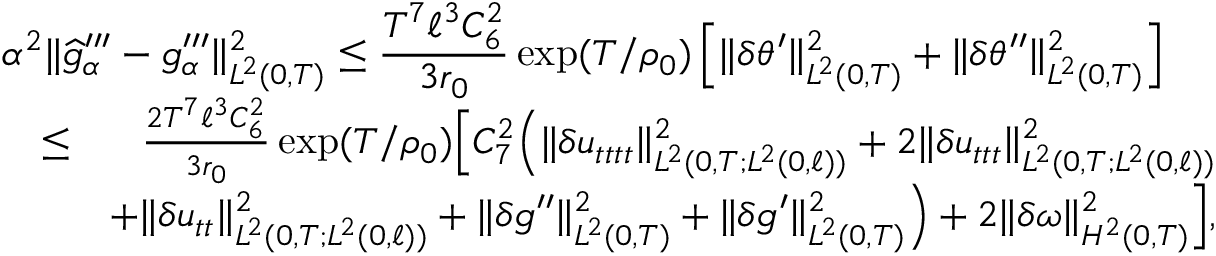
\begin{array} { r l r } { \lefteqn { \alpha ^ { 2 } \Vert \widehat { g } _ { \alpha } ^ { \prime \prime \prime } - g _ { \alpha } ^ { \prime \prime \prime } \Vert _ { L ^ { 2 } ( 0 , T ) } ^ { 2 } \leq \frac { T ^ { 7 } \ell ^ { 3 } C _ { 6 } ^ { 2 } } { 3 r _ { 0 } } \exp ( T / \rho _ { 0 } ) \left[ \Vert \delta \theta ^ { \prime } \Vert _ { L ^ { 2 } ( 0 , T ) } ^ { 2 } + \Vert \delta \theta ^ { \prime \prime } \Vert _ { L ^ { 2 } ( 0 , T ) } ^ { 2 } \right] } } \\ & { \leq } & { \frac { 2 T ^ { 7 } \ell ^ { 3 } C _ { 6 } ^ { 2 } } { 3 r _ { 0 } } \exp ( T / \rho _ { 0 } ) \Big [ C _ { 7 } ^ { 2 } \Big ( \Vert \delta u _ { t t t t } \Vert _ { L ^ { 2 } ( 0 , T ; L ^ { 2 } ( 0 , \ell ) ) } ^ { 2 } + 2 \Vert \delta u _ { t t t } \Vert _ { L ^ { 2 } ( 0 , T ; L ^ { 2 } ( 0 , \ell ) ) } ^ { 2 } } \\ & { } & { + \Vert \delta u _ { t t } \Vert _ { L ^ { 2 } ( 0 , T ; L ^ { 2 } ( 0 , \ell ) ) } ^ { 2 } + \Vert \delta g ^ { \prime \prime } \Vert _ { L ^ { 2 } ( 0 , T ) } ^ { 2 } + \Vert \delta g ^ { \prime } \Vert _ { L ^ { 2 } ( 0 , T ) } ^ { 2 } \Big ) + 2 \Vert \delta \omega \Vert _ { H ^ { 2 } ( 0 , T ) } ^ { 2 } \Big ] , } \end{array}